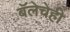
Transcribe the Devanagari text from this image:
बॅलेचेही